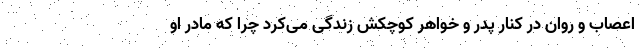
اعصاب و روان در کنار پدر و خواهر کوچکش زندگی می‌کرد چرا که مادر او